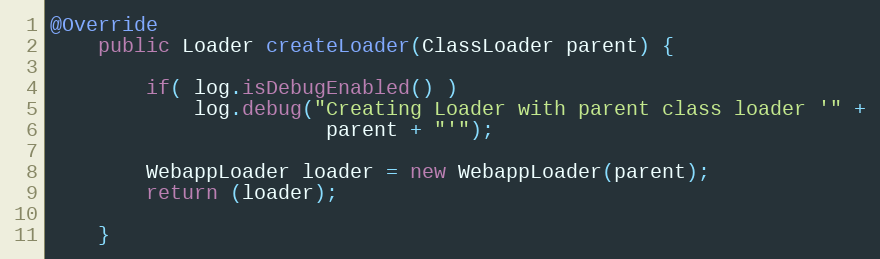
Language: Java
@Override
	public Loader createLoader(ClassLoader parent) {

        if( log.isDebugEnabled() )
            log.debug("Creating Loader with parent class loader '" +
                       parent + "'");

        WebappLoader loader = new WebappLoader(parent);
        return (loader);

    }